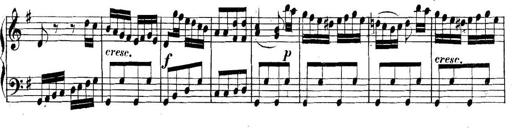
Title: Collected Piano Sonatas
Composer: Muzio Clementi